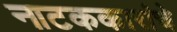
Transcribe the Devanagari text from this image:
नाटककारांचे